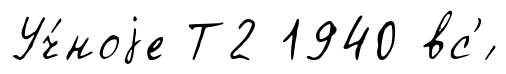
Уч́ноjе Т2 1940 вс'́